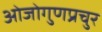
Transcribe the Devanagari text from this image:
ओजोगुणप्रचुर